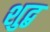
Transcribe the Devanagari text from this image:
शुद्ब